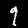
Digit: 9